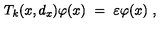
T _ { k } ( x , d _ { x } ) \varphi ( x ) \ = \ \varepsilon \varphi ( x ) \ ,